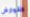
القوارض